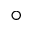
^ \circ